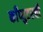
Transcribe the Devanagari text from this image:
काँप्युटरची